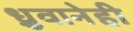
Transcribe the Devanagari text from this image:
ध्रुवानेही